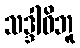
သဒ္ဒါဓိဘူ